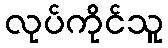
လုပ်ကိုင်သူ